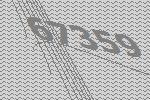
67359